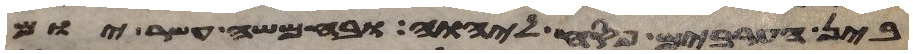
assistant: בין הערבים פסח ליהוה ובחמשה עשר יום